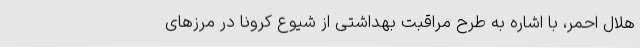
هلال احمر، با اشاره به طرح مراقبت بهداشتی از شیوع کرونا در مرزهای